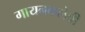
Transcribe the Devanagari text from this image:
गायनकलेची